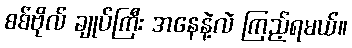
စစ်ဗိုလ် ချုပ်ကြီး အနေနဲ့လဲ ကြည့်ရမယ်။